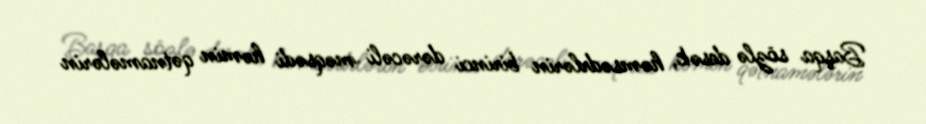
Başqa sözlə desək, həmsədrlərin birinci dərəcəli məqsədi həmin qətnamələrin